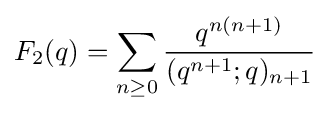
\displaystyle F_{2}(q)=\sum _{n\geq 0}{\frac {q^{n(n+1)}}{(q^{n+1};q)_{n+1}}}